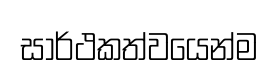
සාර්ථකත්වයෙන්ම